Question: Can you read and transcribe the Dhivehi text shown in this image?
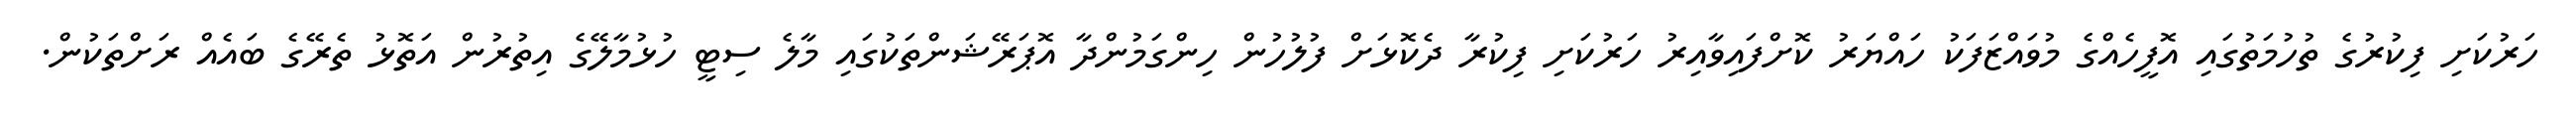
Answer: ހަރުކަށި ފިކުރުގެ ތުހުމަތުގައި އޮފީހެއްގެ މުވައްޒަފަކު ހައްޔަރު ކޮށްފައިވާއިރު ހަރުކަށި ފިކުރާ ދެކޮޅަށް ފުލުހުން ހިންގަމުންދާ އޮޕަރޭޝަންތަކުގައި މާލެ ސިޓީ ހުޅުމާލޭގެ އިތުރުން އަތޮޅު ތެރޭގެ ބައެއް ރަށްތަކުން.